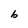
Character: b